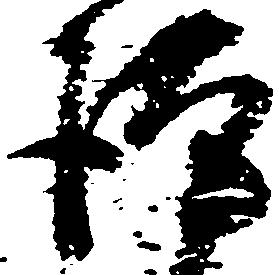
謹